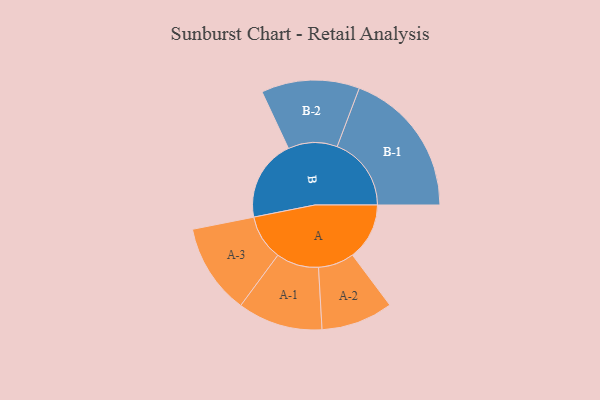
{"axis": {"x": "Segment", "y": "Value"}, "legend": ["", "A", "B"], "data": [{"x": "A", "y": 225, "type": ""}, {"x": "B", "y": 322, "type": ""}, {"x": "A-1", "y": 168, "type": "A"}, {"x": "A-2", "y": 142, "type": "A"}, {"x": "A-3", "y": 179, "type": "A"}, {"x": "B-1", "y": 293, "type": "B"}, {"x": "B-2", "y": 194, "type": "B"}]}